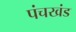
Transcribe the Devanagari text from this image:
पंचखंड